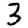
Digit: 3